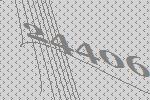
24406